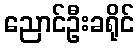
ညောင်ဦးခရိုင်